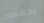
يدفعون